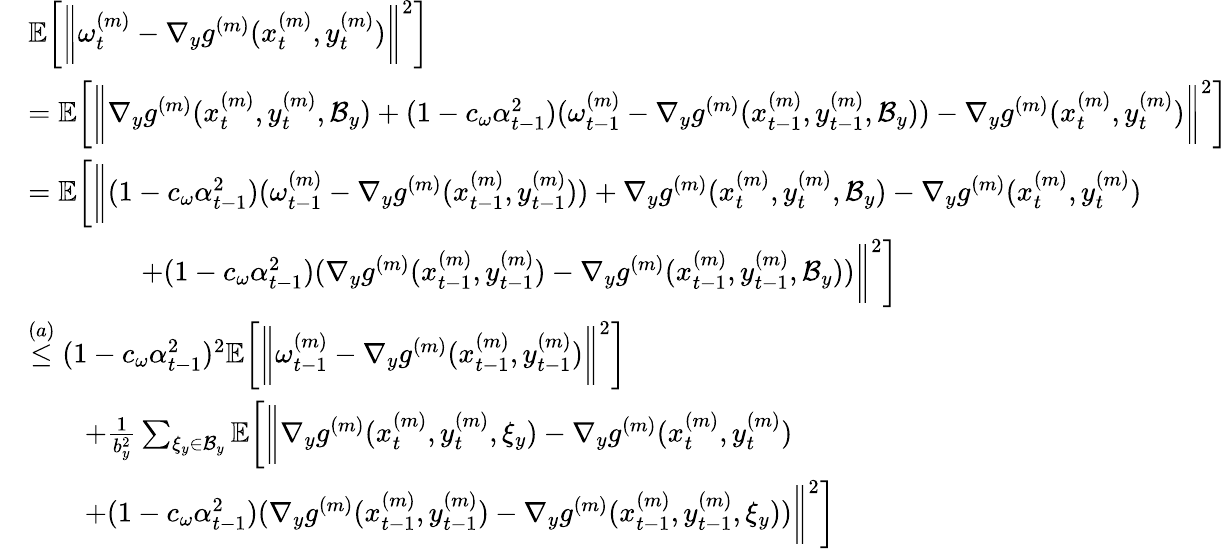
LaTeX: \begin{array}{rl}&{\mathbb{E}\bigg[\bigg\| \omega_{t}^{(m)}-\nabla_{y}g^{(m)}(x_{t}^{(m)},y_{t}^{(m)})\bigg\| ^{2}\bigg]}\\ &{=\mathbb{E}\bigg[\bigg\| \nabla_{y}g^{(m)}(x_{t}^{(m)},y_{t}^{(m)},\mathcal{B}_{y})+(1-c_{\omega}\alpha_{t-1}^{2})(\omega_{t-1}^{(m)}-\nabla_{y}g^{(m)}(x_{t-1}^{(m)},y_{t-1}^{(m)},\mathcal{B}_{y}))-\nabla_{y}g^{(m)}(x_{t}^{(m)},y_{t}^{(m)})\bigg\| ^{2}\bigg]}\\ &{=\mathbb{E}\bigg[\bigg\| (1-c_{\omega}\alpha_{t-1}^{2})(\omega_{t-1}^{(m)}-\nabla_{y}g^{(m)}(x_{t-1}^{(m)},y_{t-1}^{(m)}))+\nabla_{y}g^{(m)}(x_{t}^{(m)},y_{t}^{(m)},\mathcal{B}_{y})-\nabla_{y}g^{(m)}(x_{t}^{(m)},y_{t}^{(m)})}\\ &{\qquad\qquad+(1-c_{\omega}\alpha_{t-1}^{2})(\nabla_{y}g^{(m)}(x_{t-1}^{(m)},y_{t-1}^{(m)})-\nabla_{y}g^{(m)}(x_{t-1}^{(m)},y_{t-1}^{(m)},\mathcal{B}_{y}))\bigg\| ^{2}\bigg]}\\ &{\overset{(a)}{\leq}(1-c_{\omega}\alpha_{t-1}^{2})^{2}\mathbb{E}\bigg[\bigg\| \omega_{t-1}^{(m)}-\nabla_{y}g^{(m)}(x_{t-1}^{(m)},y_{t-1}^{(m)})\bigg\| ^{2}\bigg]}\\ &{\qquad+\frac{1}{b_{y}^{2}}\sum_{\xi_{y}\in\mathcal{B}_{y}}\mathbb{E}\bigg[\bigg\| \nabla_{y}g^{(m)}(x_{t}^{(m)},y_{t}^{(m)},\xi_{y})-\nabla_{y}g^{(m)}(x_{t}^{(m)},y_{t}^{(m)})}\\ &{\qquad+(1-c_{\omega}\alpha_{t-1}^{2})(\nabla_{y}g^{(m)}(x_{t-1}^{(m)},y_{t-1}^{(m)})-\nabla_{y}g^{(m)}(x_{t-1}^{(m)},y_{t-1}^{(m)},\xi_{y}))\bigg\| ^{2}\bigg]}\end{array}